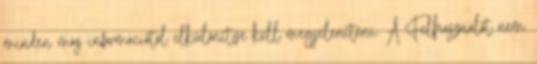
minden más információtól elkülönítve kell megjeleníteni. A Felhasználót nem